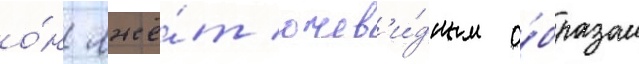
о́н лжё́т очев'и́дным о́бразом